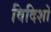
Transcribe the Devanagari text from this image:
विदिशो